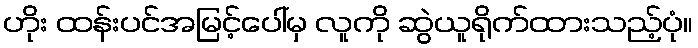
ဟိုး ထန်းပင်အမြင့်ပေါ်မှ လူကို ဆွဲယူရိုက်ထားသည့်ပုံ။